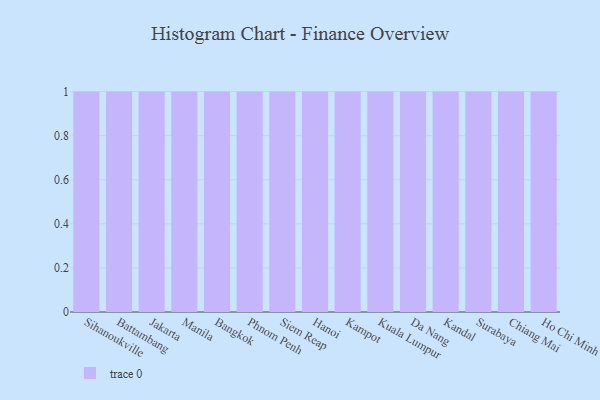
{"axis": {"x": "City", "y": "Inventory Turnover"}, "legend": [""], "data": [{"x": "Sihanoukville", "y": 34, "type": ""}, {"x": "Battambang", "y": 95, "type": ""}, {"x": "Jakarta", "y": 94, "type": ""}, {"x": "Manila", "y": 80, "type": ""}, {"x": "Bangkok", "y": 27, "type": ""}, {"x": "Phnom Penh", "y": 95, "type": ""}, {"x": "Siem Reap", "y": 94, "type": ""}, {"x": "Hanoi", "y": 84, "type": ""}, {"x": "Kampot", "y": 53, "type": ""}, {"x": "Kuala Lumpur", "y": 99, "type": ""}, {"x": "Da Nang", "y": 6, "type": ""}, {"x": "Kandal", "y": 25, "type": ""}, {"x": "Surabaya", "y": 47, "type": ""}, {"x": "Chiang Mai", "y": 7, "type": ""}, {"x": "Ho Chi Minh City", "y": 12, "type": ""}]}